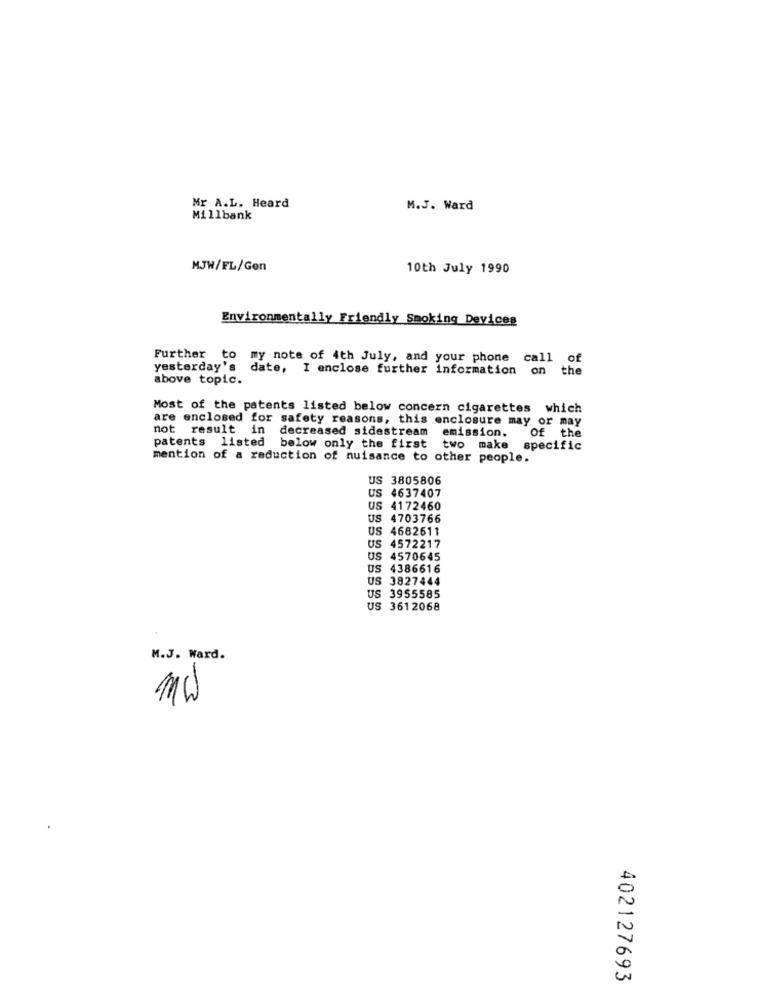
Mr A.L. Heard
M.J. Ward
Millbank
MJW/FL/Gen
10th July 1990
Environmentally Friendly Smoking Devices
Further
to
my note of 4th July, and your phone call of
yesterday's
date, I enclose further information on
the
above topic.
Most of the patents listed below concern cigarettes which
are enclosed for safety reasons, this enclosure may or may
not result in
decreased sidestream
emission.
of the
patents listed below only the first two make
specific
mention of a reduction of nuisance to other people.
US 3805806
US 4637407
US 4172460
US
4703766
US 4682611
US 4572217
US 4570645
US 4386616
US 3827444
US 3955585
US 3612068
M.J. Ward.
MW
402127693